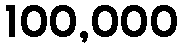
100,000